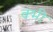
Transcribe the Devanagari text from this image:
क्भी